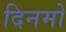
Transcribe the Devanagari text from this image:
दिनमो